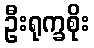
ဦးရုက္ခစိုး